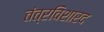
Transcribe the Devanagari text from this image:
तंत्रविशारद